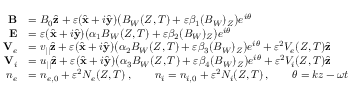
\begin{array} { r l } { { \bf B } } & { = B _ { 0 } \hat { \bf z } + \varepsilon ( \hat { \bf x } + i \hat { \bf y } ) \big ( B _ { W } ( Z , T ) + \varepsilon \beta _ { 1 } ( B _ { W } ) _ { Z } \big ) e ^ { i \theta } } \\ { { \bf E } } & { = \varepsilon ( \hat { \bf x } + i \hat { \bf y } ) \big ( \alpha _ { 1 } B _ { W } ( Z , T ) + \varepsilon \beta _ { 2 } ( B _ { W } ) _ { Z } \big ) e ^ { i \theta } } \\ { { \bf V } _ { e } } & { = v _ { | | } \hat { \bf z } + \varepsilon ( \hat { \bf x } + i \hat { \bf y } ) \big ( \alpha _ { 2 } B _ { W } ( Z , T ) + \varepsilon \beta _ { 3 } ( B _ { W } ) _ { Z } \big ) e ^ { i \theta } + \varepsilon ^ { 2 } V _ { e } ( Z , T ) \hat { \bf z } } \\ { { \bf V } _ { i } } & { = u _ { | | } \hat { \bf z } + \varepsilon ( \hat { \bf x } + i \hat { \bf y } ) \big ( \alpha _ { 3 } B _ { W } ( Z , T ) + \varepsilon \beta _ { 4 } ( B _ { W } ) _ { Z } \big ) e ^ { i \theta } + \varepsilon ^ { 2 } V _ { i } ( Z , T ) \hat { \bf z } } \\ { n _ { e } } & { = n _ { e , 0 } + \varepsilon ^ { 2 } N _ { e } ( Z , T ) \, , \qquad n _ { i } = n _ { i , 0 } + \varepsilon ^ { 2 } N _ { i } ( Z , T ) \, , \qquad \theta = k z - \omega t } \end{array}